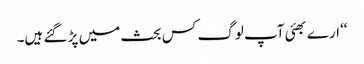
‘‘ارے بھئی آپ لوگ کس بحث میں پڑ گئے ہیں۔